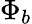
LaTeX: \Phi_{b}